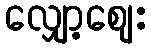
လျှော့ဈေး